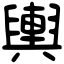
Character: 輿